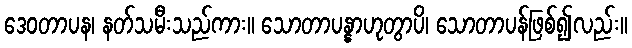
ဒေဝတာပန၊ နတ်သမီးသည်ကား။ သောတာပန္နာဟုတွာပိ၊ သောတာပန်ဖြစ်၍လည်း။